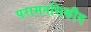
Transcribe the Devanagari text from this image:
परामनसिकीय